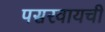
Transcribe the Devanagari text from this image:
पसरवायची